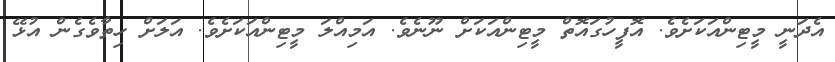
އެދަނީ މީޓިންއަކަށެވެ. އޮފީހުގައޮތް މީޓިންއަކަށް ނޫނެވެ. އަމިއްލަ މީޓިންއަކަށެވެ. އަލަށް ހިތާވެގެން އުޅޭ